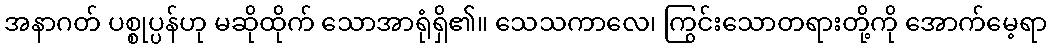
အနာဂတ် ပစ္စုပ္ပန်ဟု မဆိုထိုက် သောအာရုံရှိ၏။ သေသကာလေ၊ ကြွင်းသောတရားတို့ကို အောက်မေ့ရာ